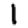
Digit: 1